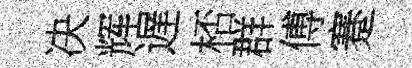
决辉遅桮群傅蹇